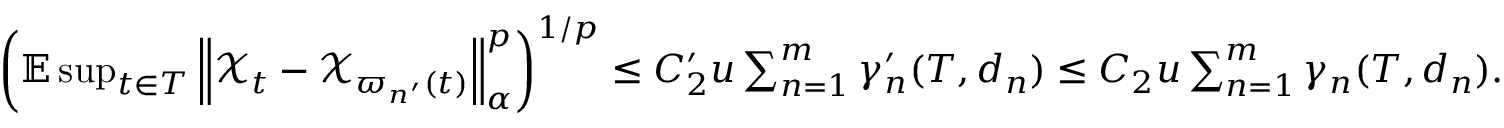
\begin{array} { r } { \left( \mathbb { E } \operatorname* { s u p } _ { t \in T } \left\Vert \mathcal { X } _ { t } - \mathcal { X } _ { \varpi _ { n ^ { \prime } } ( t ) } \right\Vert _ { \alpha } ^ { p } \right) ^ { 1 / p } \leq C _ { 2 } ^ { \prime } u \sum _ { n = 1 } ^ { m } \gamma _ { n } ^ { \prime } ( T , d _ { n } ) \leq C _ { 2 } u \sum _ { n = 1 } ^ { m } \gamma _ { n } ( T , d _ { n } ) . } \end{array}